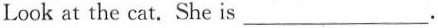
Look at the cat.She is ___.